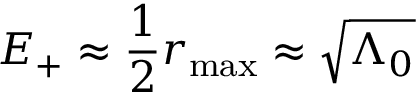
E _ { + } \approx \frac { 1 } { 2 } r _ { \mathrm { m a x } } \approx \sqrt { \Lambda _ { 0 } }